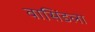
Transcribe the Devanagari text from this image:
वासिंडला